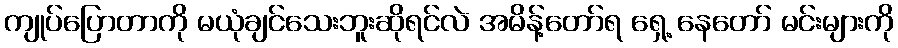
ကျုပ်ပြောတာကို မယုံချင်သေးဘူးဆိုရင်လဲ အမိန့်တော်ရ ရှေ့ နေတော် မင်းများကို